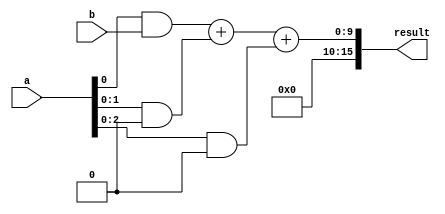
module BaughWooleyMultiplier (
    input wire [7:0] a,
    input wire [7:0] b,
    output reg [15:0] result
);

reg [7:0] partialProduct1, partialProduct2, partialProduct3;
reg [15:0] sum;

always @(*) begin
    partialProduct1 = a[0] & b;
    partialProduct2 = {a[1], a[0]} & {b, 8'b0};
    partialProduct3 = {{a[2], a[1]}, a[0]} & {b, 8'b0, 8'b0};
    
    sum = partialProduct1 + partialProduct2 + partialProduct3;
    result = sum;
end

endmodule